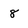
Character: 8